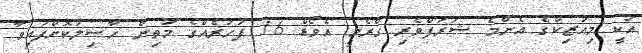
އަކީ މިއުޒިކްގެ އެންމެ ޝަރަފްވެރި ގްރެމީ އެވޯޑް 16 ފަހަރެއްގެ މަތިން ހާސިލުކޮށްފައިވާ